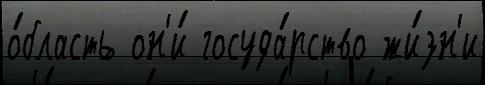
о́бласть он'и́ госуда́рство жи́зн'и